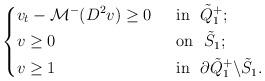
LaTeX: \begin{align*}\left\{\begin{aligned}&v_t-\mathcal{M}^-(D^2v)\geq 0&& ~~\mbox{in}~~\tilde Q^+_{1};\\&v\geq 0&& ~~\mbox{on}~~\tilde S_{1};\\&v\geq 1&&~~\mbox{in}~~\partial \tilde Q^+_{1}\backslash \tilde S_{1}.\end{aligned}\right.\end{align*}